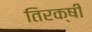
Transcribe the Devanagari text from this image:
तिरक्षी